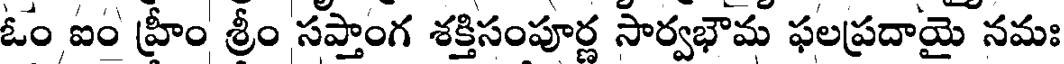
ఓం ఐం హ్రీం శ్రీం సప్తాంగ శక్తిసంపూర్ణ సార్వభౌమ ఫలప్రదాయై నమః